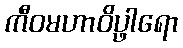
ကီဝမဟာဝိပ္ဖါရော